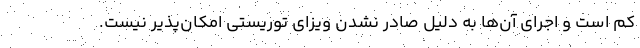
کم است و اجرای آن‌ها به دلیل صادر نشدن ویزای توریستی امکان‌پذیر نیست.